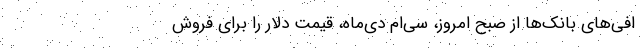
افی‌های بانک‌ها از صبح امروز، سی‌ام دی‌ماه، قیمت دلار را برای فروش